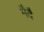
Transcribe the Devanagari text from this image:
मैदै